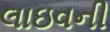
લાઇવની